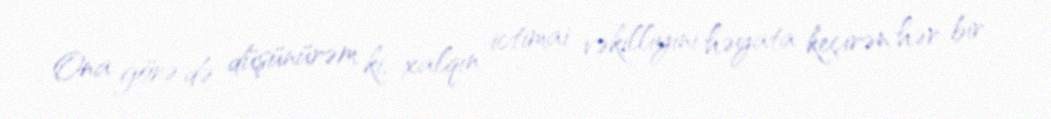
Ona görə də düşünürəm ki, xalqın ictimai vəkilliyini həyata keçirən hər bir